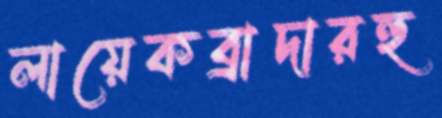
লায়েকব্রাদারহু